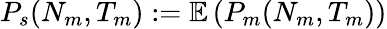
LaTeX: \begin{array}{r}{P_{s}(N_{m},T_{m}):=\mathbb{E}\left(P_{m}(N_{m},T_{m})\right)}\end{array}